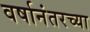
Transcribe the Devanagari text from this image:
वर्षानंतरच्या